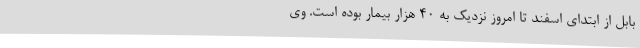
بابل از ابتدای اسفند تا امروز نزدیک به 40 هزار بیمار بوده است. وی